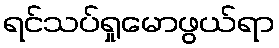
ရင်သပ်ရှုမောဖွယ်ရာ